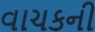
વાચકની